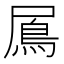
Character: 䲩